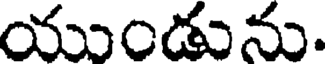
యుండును.